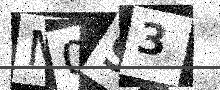
Text: M093